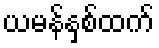
ယမန်နှစ်ထက်